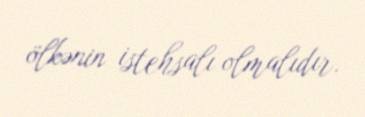
ölkənin istehsalı olmalıdır.